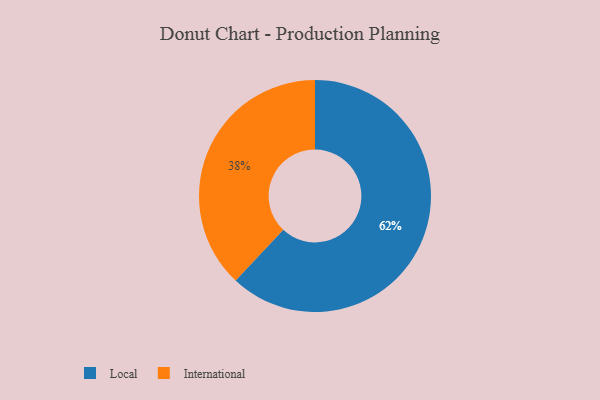
{"axis": {"x": "Category", "y": "Percentage"}, "legend": ["International", "Local"], "data": [{"x": "Local", "y": 62, "type": "Local"}, {"x": "International", "y": 38, "type": "International"}]}